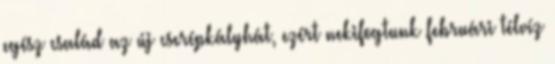
egész család az új cserépkályhát, ezért nekifogtunk februári télvíz